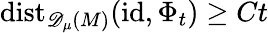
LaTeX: \mathrm{dist}_{\mathscr{D}_{\mu}(M)}(\mathrm{id},\Phi_{t})\geq Ct